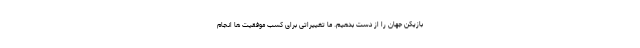
بازیکن جهان را از دست بدهیم. ما تغییراتی برای کسب موفقیت ها انجام